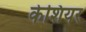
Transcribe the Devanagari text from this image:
केशियर